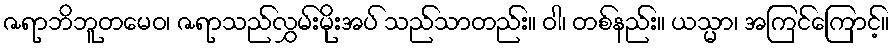
ဇရာဘိဘူတမေဝ၊ ဇရာသည်လွှမ်းမိုးအပ် သည်သာတည်း။ ဝါ၊ တစ်နည်း။ ယသ္မာ၊ အကြင်ကြောင့်။